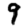
Digit: 9